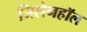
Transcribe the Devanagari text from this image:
जिलेनहॉल